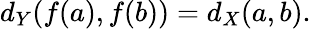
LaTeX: d_{Y}\! \left(f(a),f(b)\right)=d_{X}(a,b).